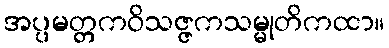
အပ္ပမတ္တကဝိသဇ္ဇကသမ္မုတိကထာ။